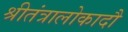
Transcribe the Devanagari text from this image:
श्रीतंत्रालोकादौ